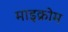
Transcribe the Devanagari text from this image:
माइक्रोम